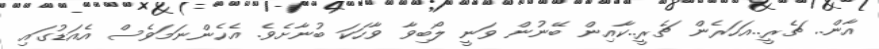
އާން.. ޗެރީ..އަހަރެން ޗެރީ..ކާއިން ބޭނުން ވަނީ ލޯބިވާ ވާހަކަ ބުނާށެވެ. އެހެންނަމަވެސް އެއަޑުގައި